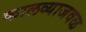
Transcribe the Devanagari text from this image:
कालव्याजवळ